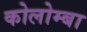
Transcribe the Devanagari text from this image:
कोलोम्बा